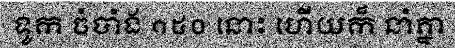
ទូក ចំបាំង ១៥០ នោះ ហើយក៏ នាំគ្នា